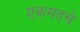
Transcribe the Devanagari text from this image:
एकमतचे